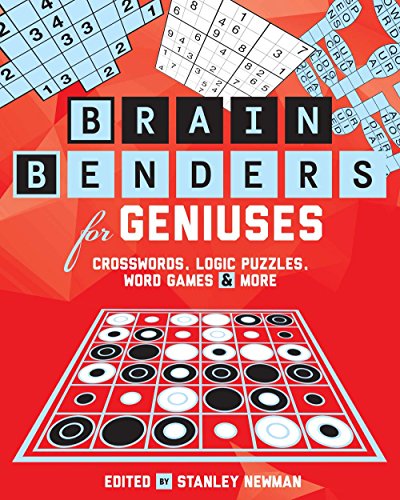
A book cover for Brain Benders for Geniuses: Crosswords, Logic Puzzles, Word Games & More; Peter Ritmeester; Humor & Entertainment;